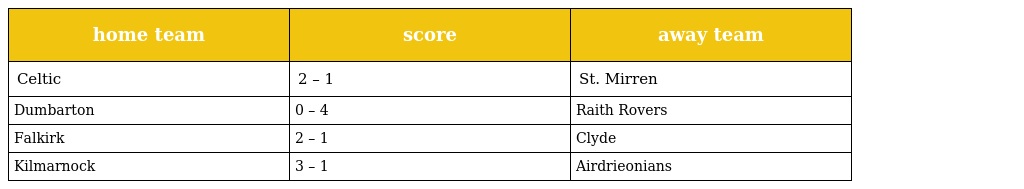
| home team | score | away team |
 | --- | --- | --- |
 | Celtic | 2 – 1 | St. Mirren |
 | Dumbarton | 0 – 4 | Raith Rovers |
 | Falkirk | 2 – 1 | Clyde |
 | Kilmarnock | 3 – 1 | Airdrieonians |